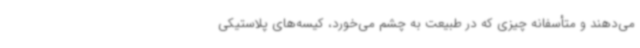
می‌دهند و متأسفانه چیزی که در طبیعت به چشم می‌خورد، کیسه‌های پلاستیکی